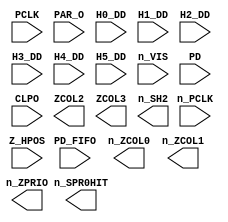
// This program was cloned from: https://github.com/emu-russia/breaks
// License: Creative Commons Zero v1.0 Universal


module ObjectFIFO(
	n_PCLK, PCLK,
	PAR_O, H0_DD, H1_DD, H2_DD, H3_DD, H4_DD, H5_DD, Z_HPOS, n_VIS, PD_FIFO, PD, CLPO,
	n_SPR0HIT, n_ZCOL0, n_ZCOL1, ZCOL2, ZCOL3, n_ZPRIO, n_SH2);

	input n_PCLK;
	input PCLK;

	input PAR_O;
	input H0_DD;
	input H1_DD;
	input H2_DD;
	input H3_DD;
	input H4_DD;
	input H5_DD;
	input Z_HPOS;
	input n_VIS;
	input PD_FIFO;
	input [7:0] PD;
	input CLPO;

	output n_SPR0HIT;
	output n_ZCOL0;
	output n_ZCOL1;
	output ZCOL2;
	output ZCOL3;
	output n_ZPRIO;
	output n_SH2;



endmodule // ObjectFIFO